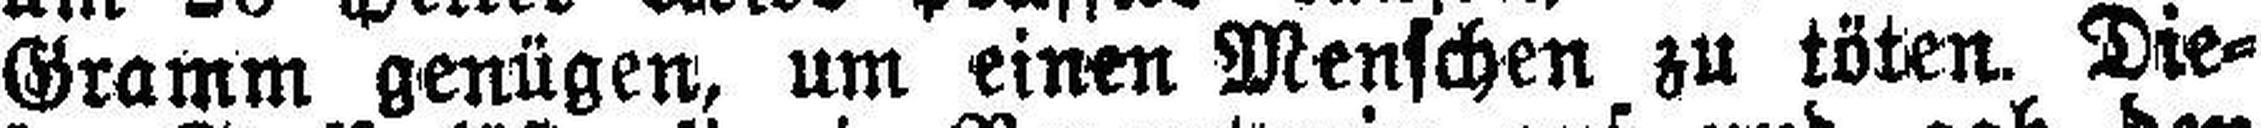
Gramm genügen, um einen Menschen zu töten. Die¬